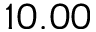
1 0 . 0 0